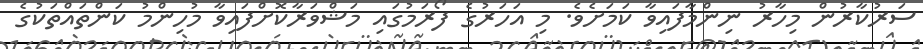
ސަރުކާރުން މިހާރު ނިންމާފައިވާ ކަމަށެވެ. މި އަހަރުގެ ފޯރަމުގައި މަޝްވަރާކޮށްފައިވާ މުހިންމު ކަންތައްތަކުގެ